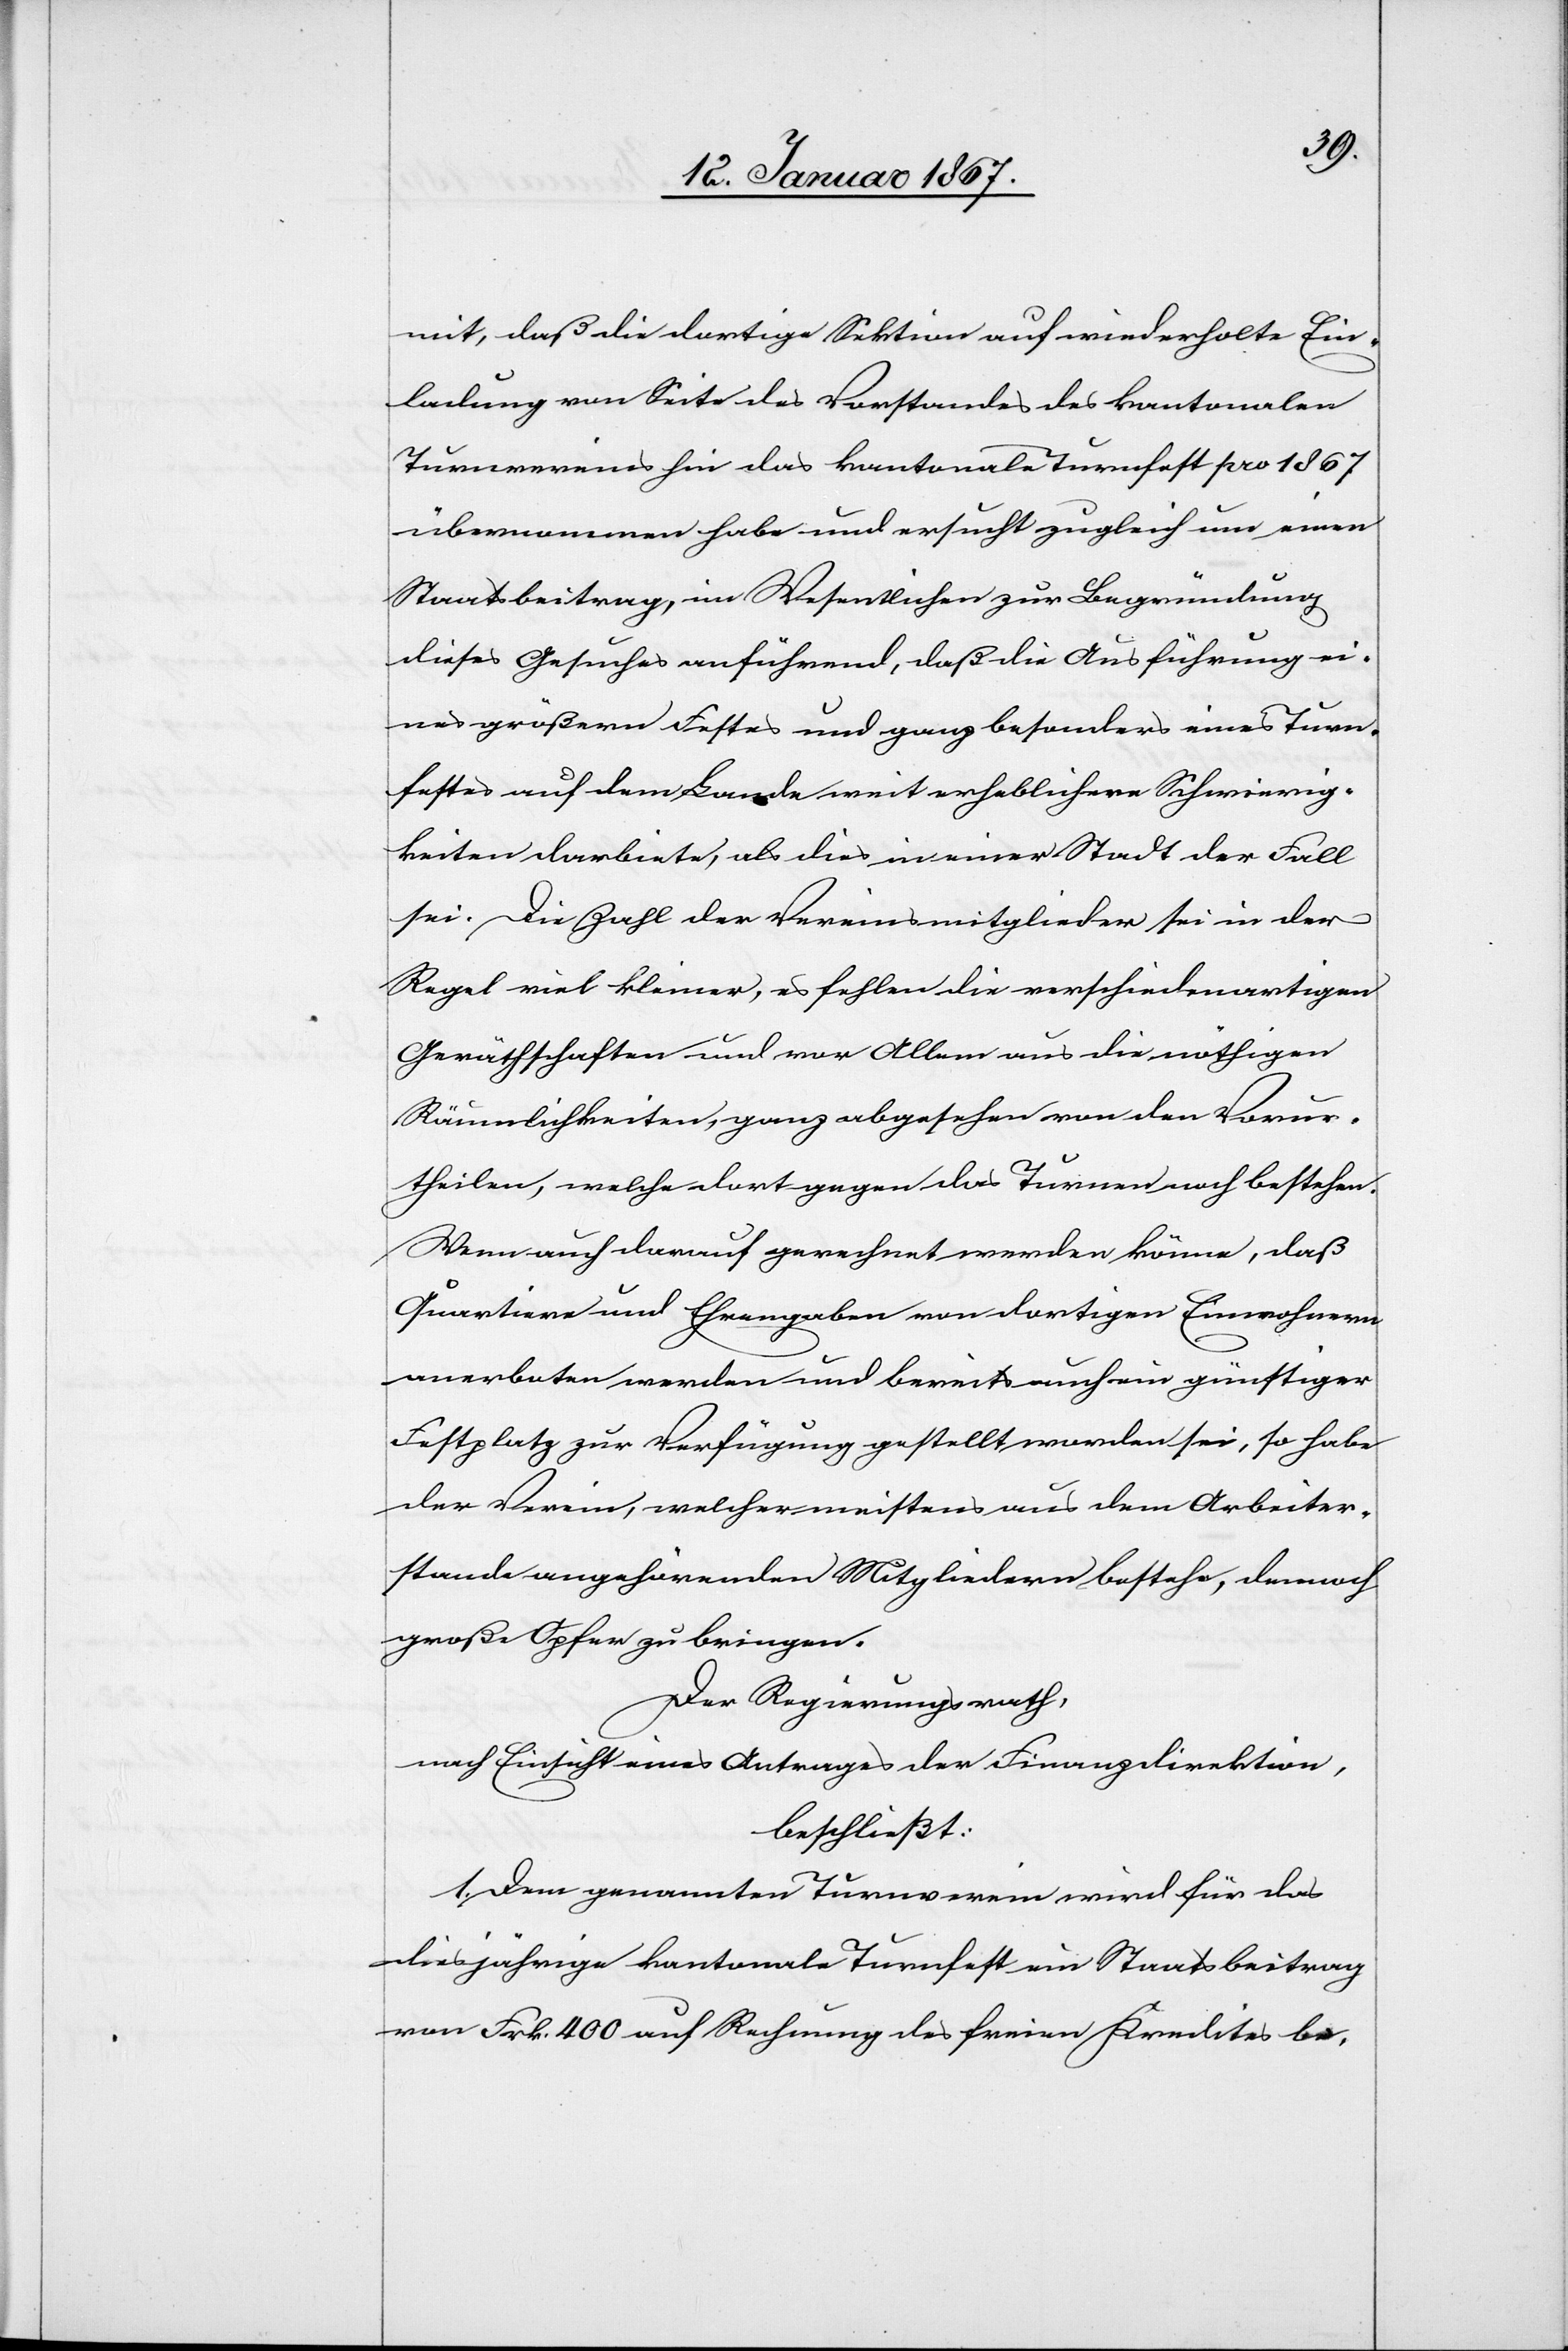
mit, daß die dortige Sektion auf wiederholte Ein¬
ladung von Seite des Vorstandes des kantonalen
Turnvereines hin das kantonale Turnfest per 1867
übernommen habe und ersucht zugleich um einen
Staatsbeitrag, im Wesentlichen zur Begründung
dieses Gesuches anführend, daß die Ausführung ei¬
nes größeren Festes und ganz besonders eines Turn¬
festes auf dem Lande weit erheblichere Schwierig¬
keiten darbiete, als dies in einer Stadt der Fall
sei. Die Zahl der Vereinsmitglieder sei in der
Regel viel kleiner, es fehlen die verschiedenartigen
Geräthschaften und vor Allem aus die nöthigen
Räumlichkeiten, ganz abgesehen von den Vorur¬
theilen, welche dort gegen das Turnen noch bestehen.
Wenn auch darauf gerechnet werden könne, daß
Quartiere und Ehrengaben von dortigen Einwohnern
anerboten werden und bereits auch ein günstiger
Festplatz zur Verfügung gestellt worden sei, so habe
der Verein, welcher meistens aus dem Arbeiter¬
stande angehörenden Mitgliedern bestehe, dennoch
große Opfer zu bringen.
Der Regierungsrath,
nach Einsicht eines Antrages der Finanzdirektion,
beschließt:
1. Dem genannten Turnverein wird für das
diesjährige kantonale Turnfest ein Staatsbeitrag
von Frk. 400 auf Rechnung des freien Kredites be-